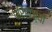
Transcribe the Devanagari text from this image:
परिराज्यों